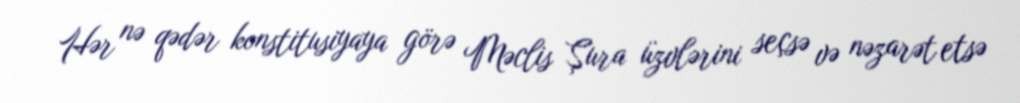
Hər nə qədər konstitusiyaya görə Məclis Şura üzvlərini seçsə və nəzarət etsə